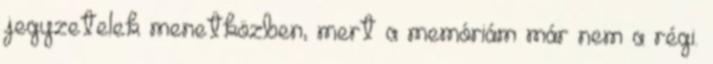
jegyzetelek menetközben, mert a memóriám már nem a régi.